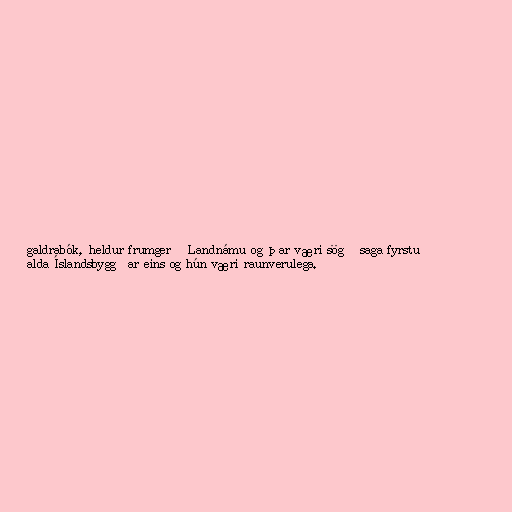
galdrabók, heldur frumgerð Landnámu og þar væri sögð saga fyrstu
alda Íslandsbyggðar eins og hún væri raunverulega.